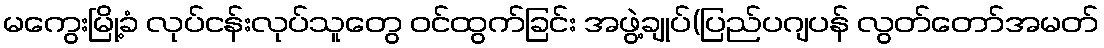
မကွေးမြို့ခံ လုပ်ငန်းလုပ်သူတွေ ဝင်ထွက်ခြင်း အဖွဲ့ချုပ်(ပြည်ပဂျပန် လွတ်တော်အမတ်